Indian journal of veterinary science and animal husbandry - Volume 4,
Year: 1934
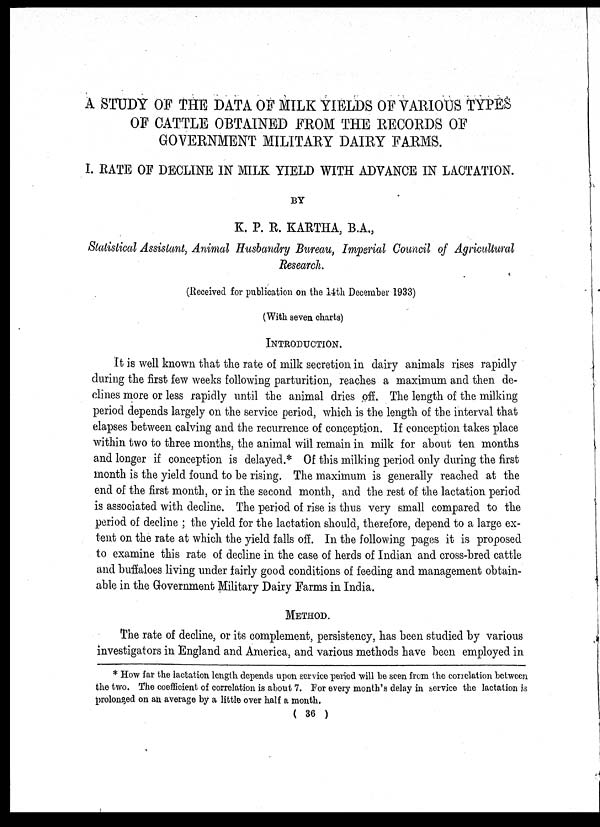
A STUDY OF THE DATA OF MILK YIELDS OF VARIOUS TYPES
OF CATTLE OBTAINED FROM THE RECORDS OF
GOVERNMENT MILITARY DAIRY FARMS.
I. RATE OF DECLINE IN MILK YIELD WITH ADVANCE IN LACTATION.
BY
K. P. R. KARTHA, B.A.,
Statistical Assistant, Animal Husbandry Bureau, Imperial Council of Agricultural
Research.
(Received for publication on the 14th December 1933)
(With seven charts)
INTRODUCTION.
It is well known that the rate of milk secretion in dairy animals rises rapidly
during the first few weeks following parturition, reaches a maximum and then de-
clines more or less rapidly until the animal dries off. The length of the milking
period depends largely on the service period, which is the length of the interval that
elapses between calving and the recurrence of conception. If conception takes place
within two to three months, the animal will remain in milk for about ten months
and longer if conception is delayed.* Of this milking period only during the first
month is the yield found to be rising. The maximum is generally reached at the
end of the first month, or in the second month, and the rest of the lactation period
is associated with decline. The period of rise is thus very small compared to the
period of decline ; the yield for the lactation should, therefore, depend to a large ex-
tent on the rate at which the yield falls off. In the following pages it is proposed
to examine this rate of decline in the case of herds of Indian and cross-bred cattle
and buffaloes living under fairly good conditions of feeding and management obtain-
able in the Government Military Dairy Farms in India.
METHOD.
The rate of decline, or its complement, persistency, has been studied by various
investigators in England and America, and various methods have been employed in
* How far the lactation length depends upon service period will be seen from the correlation between
the two. The coefficient of correlation is about 7. For every month's delay in service the lactation is
prolonged on an average by a little over half a month.
( 36 )